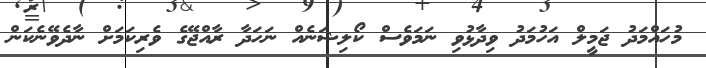
މުހައްމަދު ޖަމީލް އަހުމަދު ވިދާޅުވި ނަމަވެސް ކޯލިޝަނެއް ނަހަދާ ރާއްޖޭގެ ވެރިކަމަށް ނާދެވޭނެކަން